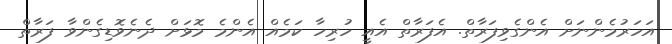
އަހަރުމެންނަށް އެންގެވިފަރާތް. އެފަރާތް އެއީ ހުރިހާ ކަމެއް އެންމެ މޮޅަށް ދެނެވޮޑިގެންވާ ފަރާތް